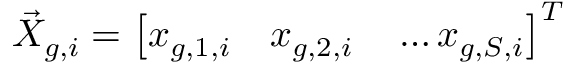
\vec { X } _ { g , i } = \left[ x _ { g , 1 , i } \quad x _ { g , 2 , i } \quad \ldots x _ { g , S , i } \right] ^ { T }